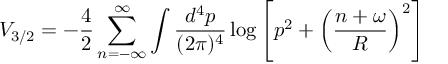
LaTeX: V _ { 3 / 2 } = - \frac { 4 } { 2 } \sum _ { n = - \infty } ^ { \infty } \int \frac { d ^ { 4 } p } { ( 2 \pi ) ^ { 4 } } \log \left[ p ^ { 2 } + \left( \frac { n + \omega } { R } \right) ^ { 2 } \right]